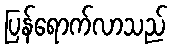
ပြန်ရောက်လာသည်